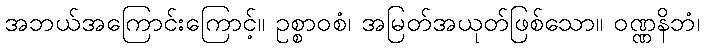
အဘယ်အကြောင်းကြောင့်။ ဥစ္စာဝစံ၊ အမြတ်အယုတ်ဖြစ်သော။ ဝဏ္ဏနိဘံ၊